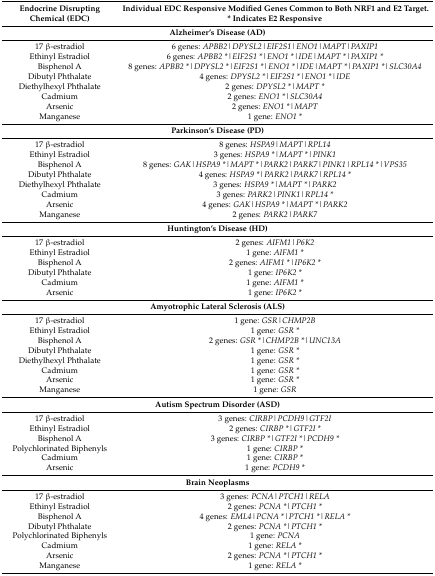
<table><thead><tr><td><b>Endocrine Disrupting Chemical (EDC)</b></td><td><b>Individual EDC Responsive Modified Genes Common to Both NRF1 and E2 Target. * Indicates E2 Responsive</b></td></tr></thead><tbody><tr><td colspan="2"><b>Alzheimer’s Disease (AD)</b></td></tr><tr><td>17 β-estradiol</td><td>6 genes: <i>APBB2|DPYSL2|EIF2S1|ENO1|MAPT|PAXIP1</i></td></tr><tr><td>Ethinyl Estradiol</td><td>6 genes: <i>APBB2 *|EIF2S1 *|ENO1 *|IDE|MAPT *|PAXIP1 *</i></td></tr><tr><td>Bisphenol A</td><td>8 genes: <i>APBB2 *|DPYSL2 *|EIF2S1 *|ENO1 *|IDE|MAPT *|PAXIP1 *|SLC30A4</i></td></tr><tr><td>Dibutyl Phthalate</td><td>4 genes: <i>DPYSL2 *|EIF2S1 *|ENO1 *|IDE</i></td></tr><tr><td>Diethylhexyl Phthalate</td><td>2 genes: <i>DPYSL2 *|MAPT *</i></td></tr><tr><td>Cadmium</td><td>2 genes: <i>ENO1 *|SLC30A4</i></td></tr><tr><td>Arsenic</td><td>2 genes: <i>ENO1 *|MAPT</i></td></tr><tr><td>Manganese</td><td>1 gene: <i>ENO1 *</i></td></tr><tr><td colspan="2"><b>Parkinson’s Disease (PD)</b></td></tr><tr><td>17 β-estradiol</td><td>8 genes: <i>HSPA9|MAPT|RPL14</i></td></tr><tr><td>Ethinyl Estradiol</td><td>3 genes: <i>HSPA9 *|MAPT *|PINK1</i></td></tr><tr><td>Bisphenol A</td><td>8 genes: <i>GAK|HSPA9 *|MAPT *|PARK2|PARK7|PINK1|RPL14 *|VPS35</i></td></tr><tr><td>Dibutyl Phthalate</td><td>4 genes: <i>HSPA9 *|PARK2|PARK7|RPL14 *</i></td></tr><tr><td>Diethylhexyl Phthalate</td><td>3 genes: <i>HSPA9 *|MAPT *|PARK2</i></td></tr><tr><td>Cadmium</td><td>3 genes: <i>PARK2|PINK1|RPL14 *</i></td></tr><tr><td>Arsenic</td><td>4 genes: <i>GAK|HSPA9 *|MAPT *|PARK2</i></td></tr><tr><td>Manganese</td><td>2 genes: <i>PARK2|PARK7</i></td></tr><tr><td colspan="2"><b>Huntington’s Disease (HD)</b></td></tr><tr><td>17 β-estradiol</td><td>2 genes: <i>AIFM1|P6K2</i></td></tr><tr><td>Ethinyl Estradiol</td><td>1 gene: <i>AIFM1 *</i></td></tr><tr><td>Bisphenol A</td><td>2 genes: <i>AIFM1 *|IP6K2 *</i></td></tr><tr><td>Dibutyl Phthalate</td><td>1 gene: <i>IP6K2 *</i></td></tr><tr><td>Cadmium</td><td>1 gene: <i>AIFM1 *</i></td></tr><tr><td>Arsenic</td><td>1 gene: <i>IP6K2 *</i></td></tr><tr><td colspan="2"><b>Amyotrophic Lateral Sclerosis (ALS)</b></td></tr><tr><td>17 β-estradiol</td><td>1 gene: <i>GSR|CHMP2B</i></td></tr><tr><td>Ethinyl Estradiol</td><td>1 gene: <i>GSR *</i></td></tr><tr><td>Bisphenol A</td><td>2 genes: <i>GSR *|CHMP2B *|UNC13A</i></td></tr><tr><td>Dibutyl Phthalate</td><td>1 gene: <i>GSR *</i></td></tr><tr><td>Diethylhexyl Phthalate</td><td>1 gene: <i>GSR *</i></td></tr><tr><td>Cadmium</td><td>1 gene: <i>GSR *</i></td></tr><tr><td>Arsenic</td><td>1 gene: <i>GSR *</i></td></tr><tr><td>Manganese</td><td>1 gene: <i>GSR</i></td></tr><tr><td colspan="2"><b>Autism Spectrum Disorder (ASD)</b></td></tr><tr><td>17 β-estradiol</td><td>3 genes: <i>CIRBP|PCDH9|GTF2I</i></td></tr><tr><td>Ethinyl Estradiol</td><td>2 genes: <i>CIRBP *|GTF2I *</i></td></tr><tr><td>Bisphenol A</td><td>3 genes: <i>CIRBP *|GTF2I *|PCDH9 *</i></td></tr><tr><td>Polychlorinated Biphenyls</td><td>1 gene: <i>CIRBP *</i></td></tr><tr><td>Cadmium</td><td>1 gene: <i>CIRBP *</i></td></tr><tr><td>Arsenic</td><td>1 gene: <i>PCDH9 *</i></td></tr><tr><td colspan="2"><b>Brain Neoplasms</b></td></tr><tr><td>17 β-estradiol</td><td>3 genes: <i>PCNA|PTCH1|RELA</i></td></tr><tr><td>Ethinyl Estradiol</td><td>2 genes: <i>PCNA *|PTCH1 *</i></td></tr><tr><td>Bisphenol A</td><td>4 genes: <i>EML4|PCNA *|PTCH1 *|RELA *</i></td></tr><tr><td>Dibutyl Phthalate</td><td>2 genes: <i>PCNA *|PTCH1 *</i></td></tr><tr><td>Polychlorinated Biphenyls</td><td>1 gene: <i>PCNA</i></td></tr><tr><td>Cadmium</td><td>1 gene: <i>RELA *</i></td></tr><tr><td>Arsenic</td><td>2 genes: <i>PCNA *|PTCH1 *</i></td></tr><tr><td>Manganese</td><td>1 gene: <i>RELA *</i></td></tr></tbody></table>